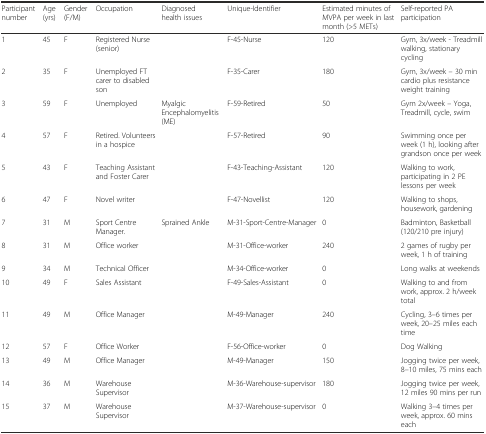
<table><thead><tr><td><b>Participant number</b></td><td><b>Age (yrs)</b></td><td><b>Gender (F/M)</b></td><td><b>Occupation</b></td><td><b>Diagnosed health issues</b></td><td><b>Unique-Identifier</b></td><td><b>Estimated minutes of MVPA per week in last month (&gt;5 METs)</b></td><td><b>Self-reported PA participation</b></td></tr></thead><tbody><tr><td>1</td><td>45</td><td>F</td><td>Registered Nurse (senior)</td><td></td><td>F-45-Nurse</td><td>120</td><td>Gym, 3x/week - Treadmill walking, stationary cycling</td></tr><tr><td>2</td><td>35</td><td>F</td><td>Unemployed FT carer to disabled son</td><td></td><td>F-35-Carer</td><td>180</td><td>Gym, 3x/week – 30 min cardio plus resistance weight training</td></tr><tr><td>3</td><td>59</td><td>F</td><td>Unemployed</td><td>Myalgic Encephalomyelitis (ME)</td><td>F-59-Retired</td><td>50</td><td>Gym 2x/week – Yoga, Treadmill, cycle, swim</td></tr><tr><td>4</td><td>57</td><td>F</td><td>Retired. Volunteers in a hospice</td><td></td><td>F-57-Retired</td><td>90</td><td>Swimming once per week (1 h), looking after grandson once per week</td></tr><tr><td>5</td><td>43</td><td>F</td><td>Teaching Assistant and Foster Carer</td><td></td><td>F-43-Teaching-Assistant</td><td>120</td><td>Walking to work, participating in 2 PE lessons per week</td></tr><tr><td>6</td><td>47</td><td>F</td><td>Novel writer</td><td></td><td>F-47-Novellist</td><td>120</td><td>Walking to shops, housework, gardening</td></tr><tr><td>7</td><td>31</td><td>M</td><td>Sport Centre Manager.</td><td>Sprained Ankle</td><td>M-31-Sport-Centre-Manager</td><td>0</td><td>Badminton, Basketball (120/210 pre injury)</td></tr><tr><td>8</td><td>31</td><td>M</td><td>Office worker</td><td></td><td>M-31-Office-worker</td><td>240</td><td>2 games of rugby per week, 1 h of training</td></tr><tr><td>9</td><td>34</td><td>M</td><td>Technical Officer</td><td></td><td>M-34-Office-worker</td><td>0</td><td>Long walks at weekends</td></tr><tr><td>10</td><td>49</td><td>F</td><td>Sales Assistant</td><td></td><td>F-49-Sales-Assistant</td><td>0</td><td>Walking to and from work, approx. 2 h/week total</td></tr><tr><td>11</td><td>49</td><td>M</td><td>Office Manager</td><td></td><td>M-49-Manager</td><td>240</td><td>Cycling, 3–6 times per week, 20–25 miles each time</td></tr><tr><td>12</td><td>57</td><td>F</td><td>Office Worker</td><td></td><td>F-56-Office-worker</td><td>0</td><td>Dog Walking</td></tr><tr><td>13</td><td>49</td><td>M</td><td>Office Manager</td><td></td><td>M-49-Manager</td><td>150</td><td>Jogging twice per week, 8–10 miles, 75 mins each</td></tr><tr><td>14</td><td>36</td><td>M</td><td>Warehouse Supervisor</td><td></td><td>M-36-Warehouse-supervisor</td><td>180</td><td>Jogging twice per week, 12 miles 90 mins per run</td></tr><tr><td>15</td><td>37</td><td>M</td><td>Warehouse Supervisor</td><td></td><td>M-37-Warehouse-supervisor</td><td>0</td><td>Walking 3–4 times per week, approx. 60 mins each</td></tr></tbody></table>